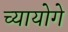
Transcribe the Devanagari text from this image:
च्यायोगे